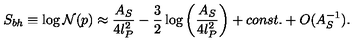
S _ { b h } \equiv \log { \cal N } ( p ) \approx { \frac { A _ { S } } { 4 l _ { P } ^ { 2 } } } - { \frac { 3 } { 2 } } \log \left( { \frac { A _ { S } } { 4 l _ { P } ^ { 2 } } } \right) + c o n s t . + O ( A _ { S } ^ { - 1 } ) .